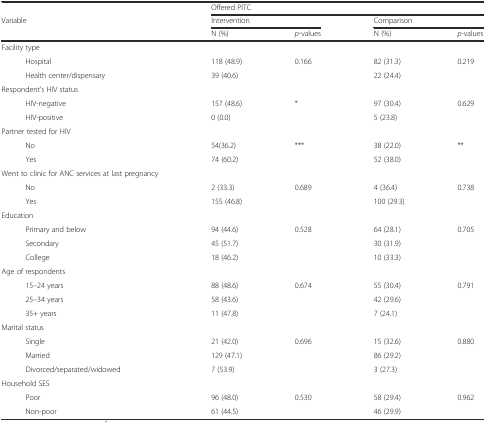
<table><thead><tr><td></td><td colspan="4"><b>Offered PITC</b></td></tr><tr><td rowspan="2"><b>Variable</b></td><td colspan="2"><b>Intervention</b></td><td colspan="2"><b>Comparison</b></td></tr><tr><td><b>N (%)</b></td><td><b><i>p</i>-values</b></td><td><b>N (%)</b></td><td><b><i>p</i>-values</b></td></tr></thead><tbody><tr><td>Facility type</td><td></td><td></td><td></td><td></td></tr><tr><td>Hospital</td><td>118 (48.9)</td><td>0.166</td><td>82 (31.3)</td><td rowspan="2">0.219</td></tr><tr><td>Health center/dispensary</td><td>39 (40.6)</td><td></td><td>22 (24.4)</td></tr><tr><td>Respondent’s HIV status</td><td></td><td></td><td></td><td></td></tr><tr><td>HIV-negative</td><td>157 (48.6)</td><td>*</td><td>97 (30.4)</td><td>0.629</td></tr><tr><td>HIV-positive</td><td>0 (0.0)</td><td></td><td>5 (23.8)</td><td></td></tr><tr><td>Partner tested for HIV</td><td></td><td></td><td></td><td></td></tr><tr><td>No</td><td>54(36.2)</td><td rowspan="2">***</td><td>38 (22.0)</td><td rowspan="2">**</td></tr><tr><td>Yes</td><td>74 (60.2)</td><td>52 (38.0)</td></tr><tr><td>Went to clinic for ANC services at last pregnancy</td><td></td><td></td><td></td><td></td></tr><tr><td>No</td><td>2 (33.3)</td><td>0.689</td><td>4 (36.4)</td><td>0.738</td></tr><tr><td>Yes</td><td>155 (46.8)</td><td></td><td>100 (29.3)</td><td></td></tr><tr><td>Education</td><td></td><td></td><td></td><td></td></tr><tr><td>Primary and below</td><td>94 (44.6)</td><td rowspan="3">0.528</td><td>64 (28.1)</td><td rowspan="3">0.705</td></tr><tr><td>Secondary</td><td>45 (51.7)</td><td>30 (31.9)</td></tr><tr><td>College</td><td>18 (46.2)</td><td>10 (33.3)</td></tr><tr><td>Age of respondents</td><td></td><td></td><td></td><td></td></tr><tr><td>15–24 years</td><td>88 (48.6)</td><td rowspan="3">0.674</td><td>55 (30.4)</td><td rowspan="3">0.791</td></tr><tr><td>25–34 years</td><td>58 (43.6)</td><td>42 (29.6)</td></tr><tr><td>35+ years</td><td>11 (47.8)</td><td>7 (24.1)</td></tr><tr><td>Marital status</td><td></td><td></td><td></td><td></td></tr><tr><td>Single</td><td>21 (42.0)</td><td rowspan="3">0.696</td><td>15 (32.6)</td><td rowspan="3">0.880</td></tr><tr><td>Married</td><td>129 (47.1)</td><td>86 (29.2)</td></tr><tr><td>Divorced/separated/widowed</td><td>7 (53.9)</td><td>3 (27.3)</td></tr><tr><td>Household SES</td><td></td><td></td><td></td><td></td></tr><tr><td>Poor</td><td>96 (48.0)</td><td>0.530</td><td>58 (29.4)</td><td rowspan="2">0.962</td></tr><tr><td>Non-poor</td><td>61 (44.5)</td><td></td><td>46 (29.9)</td></tr></tbody></table>